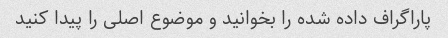
پاراگراف داده شده را بخوانید و موضوع اصلی را پیدا کنید